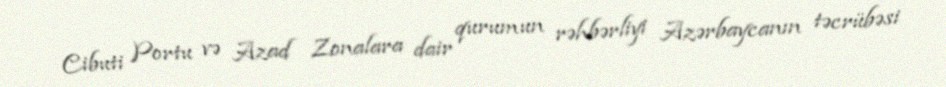
Cibuti Portu və Azad Zonalara dair qurumun rəhbərliyi Azərbaycanın təcrübəsi